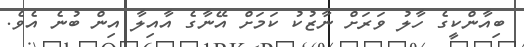
ބިއާންކީގެ ހާލު ވަރަށް ނާޒުކު ކަމަށް އޭނާގެ އާއިލާ އިން ބުނެ އެވެ.